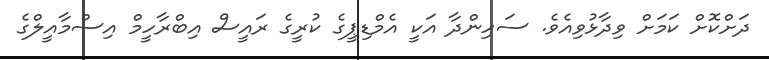
ދަށްކޮށް ކަމަށް ވިދާޅުވިއެވެ. ސަހިންދާ އަކީ އެމްޑިޕީގެ ކުރީގެ ރައީސް އިބްރާހީމް އިސްމާއީލްގެ